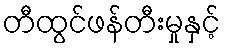
တီထွင်ဖန်တီးမှုနှင့်